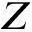
Z